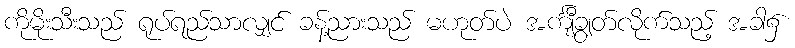
ကိုမိုးသီးသည် ရုပ်ရည်သာလျှင် ခန့်ညားသည် မဟုတ်ပဲ အင်္ကျီချွတ်လိုက်သည့် အခါ၌